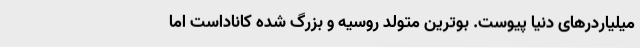
میلیاردرهای دنیا پیوست. بوترین متولد روسیه و بزرگ شده کاناداست اما